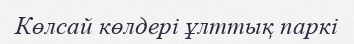
Көлсай көлдері ұлттық паркі